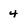
Character: 4